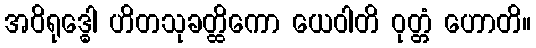
အဝိရုဒ္ဓေါ ဟိတသုခတ္ထိကော ယေဝါတိ ဝုတ္တံ ဟောတိ။